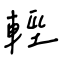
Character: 輕